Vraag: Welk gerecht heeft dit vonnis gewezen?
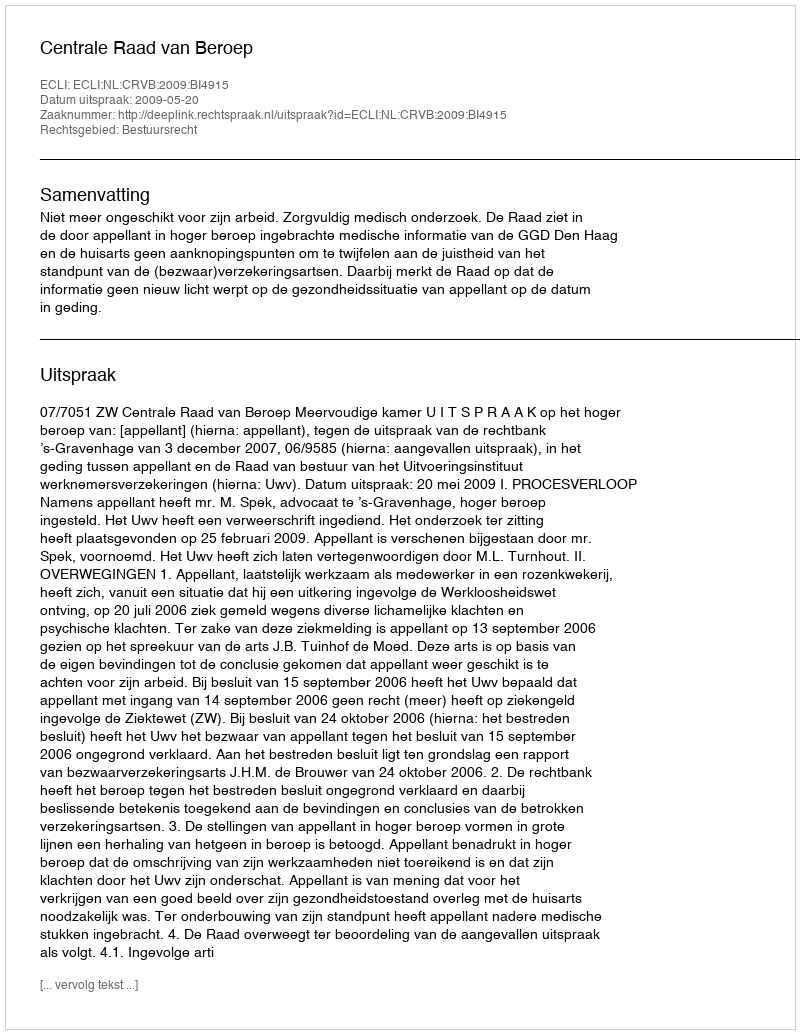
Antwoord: Centrale Raad van Beroep